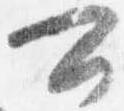
可